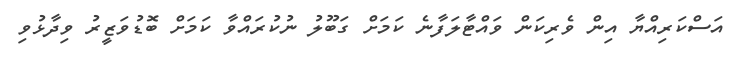
އަސްކަރިއްޔާ އިން ވެރިކަން ވައްޓާލަފާނެ ކަމަށް ގަބޫލު ނުކުރައްވާ ކަމަށް ބޮޑުވަޒީރު ވިދާޅުވި